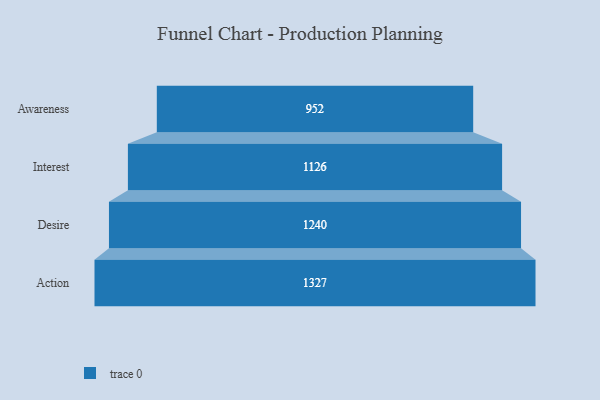
{"axis": {"x": "Stage", "y": "Value"}, "legend": [""], "data": [{"x": "Awareness", "y": 952.0, "type": ""}, {"x": "Interest", "y": 1126.0, "type": ""}, {"x": "Desire", "y": 1240.0, "type": ""}, {"x": "Action", "y": 1327.0, "type": ""}]}